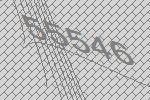
55546